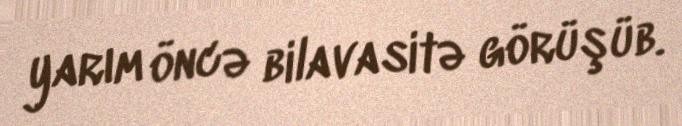
yarım öncə bilavasitə görüşüb.